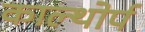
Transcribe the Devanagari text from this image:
काल्थोर्प